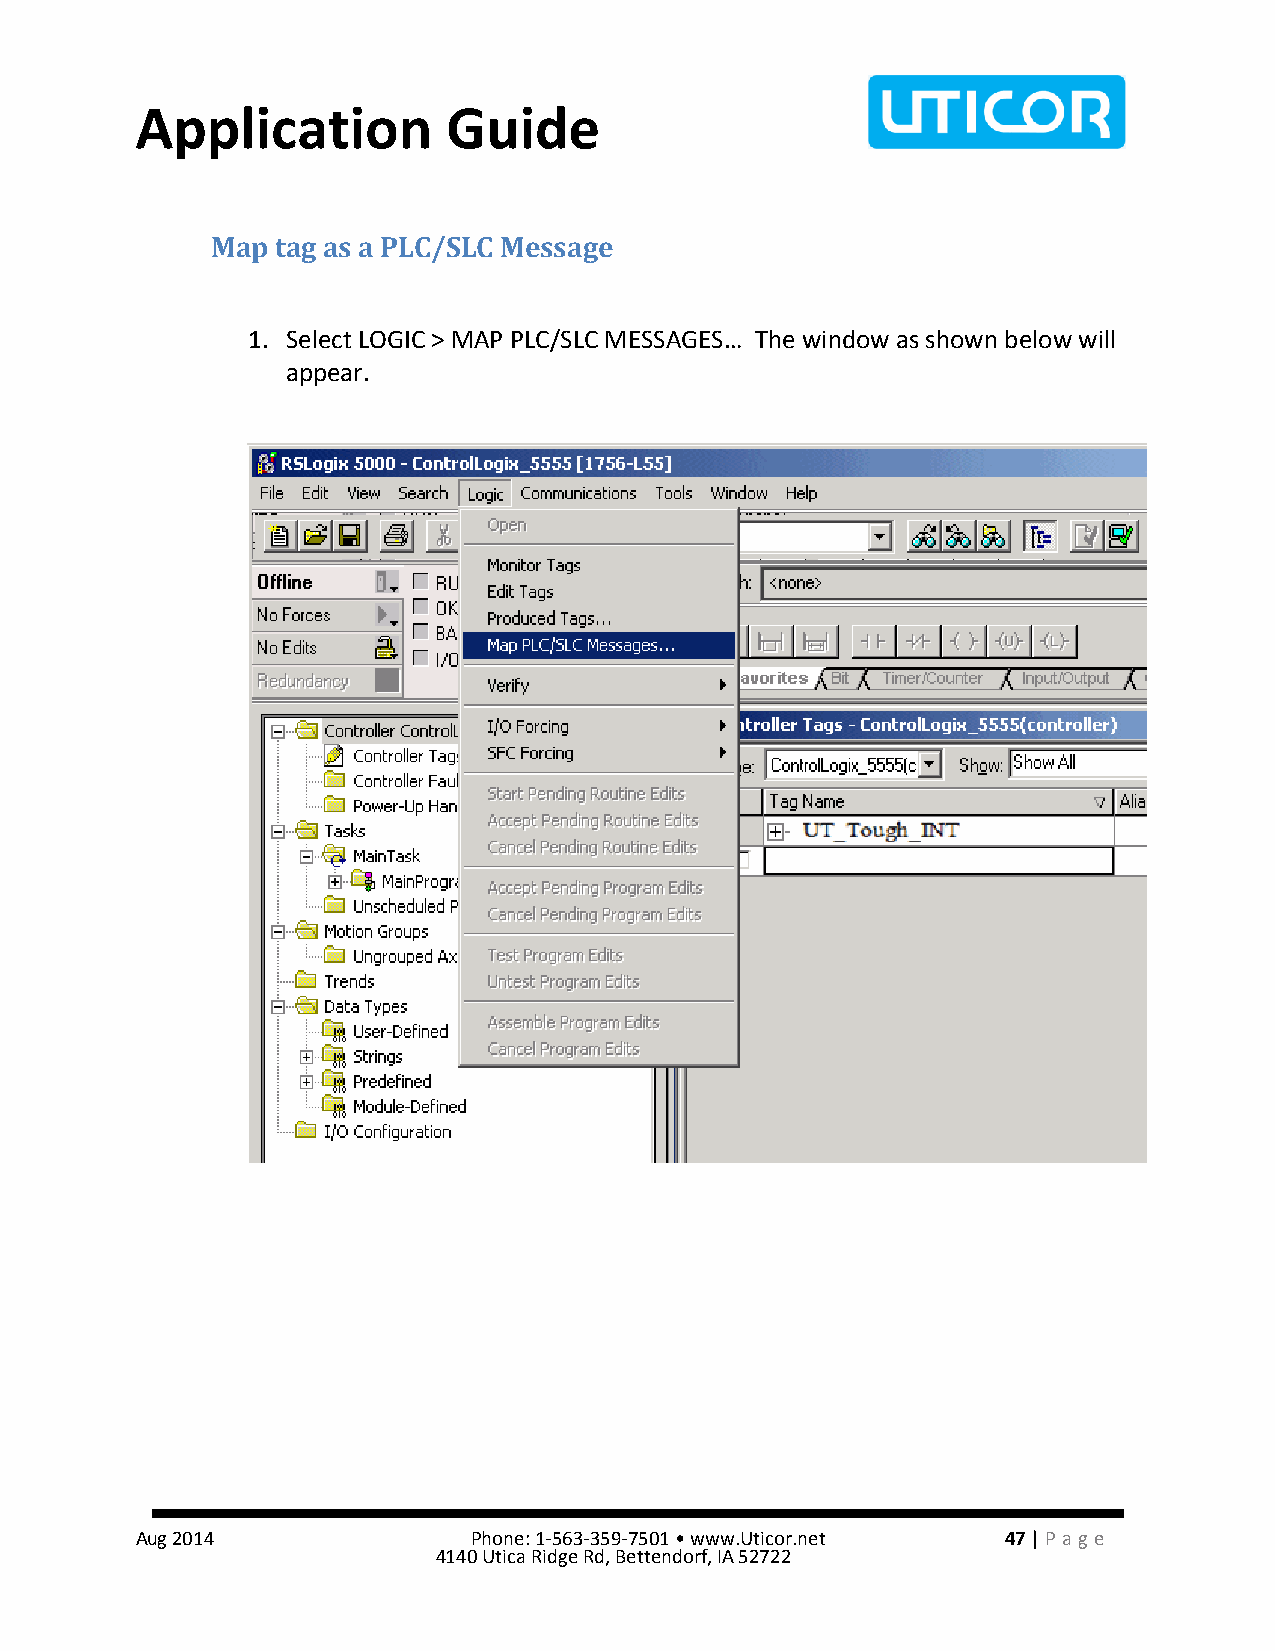
Application          Guide
 Map tag as a PLC/SLC Message
 1. Select LOGIC > MAP PLC/SLC MESSAGES… The window as shown below will
 appear.
 Aug 2014              Phone: 1-563-359-7501 • www.Uticor.net 47 | Pa ge
 4140 Utica Ridge Rd, Bettendorf, IA 52722